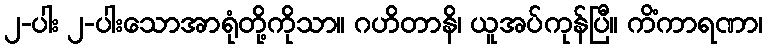
၂-ပါး ၂-ပါးသောအာရုံတို့ကိုသာ။ ဂဟိတာနိ၊ ယူအပ်ကုန်ပြီ။ ကိံကာရဏာ၊